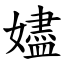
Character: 嬧